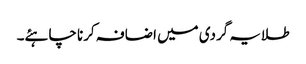
طلایہ گردی میں اضافہ کرنا چاہئے۔